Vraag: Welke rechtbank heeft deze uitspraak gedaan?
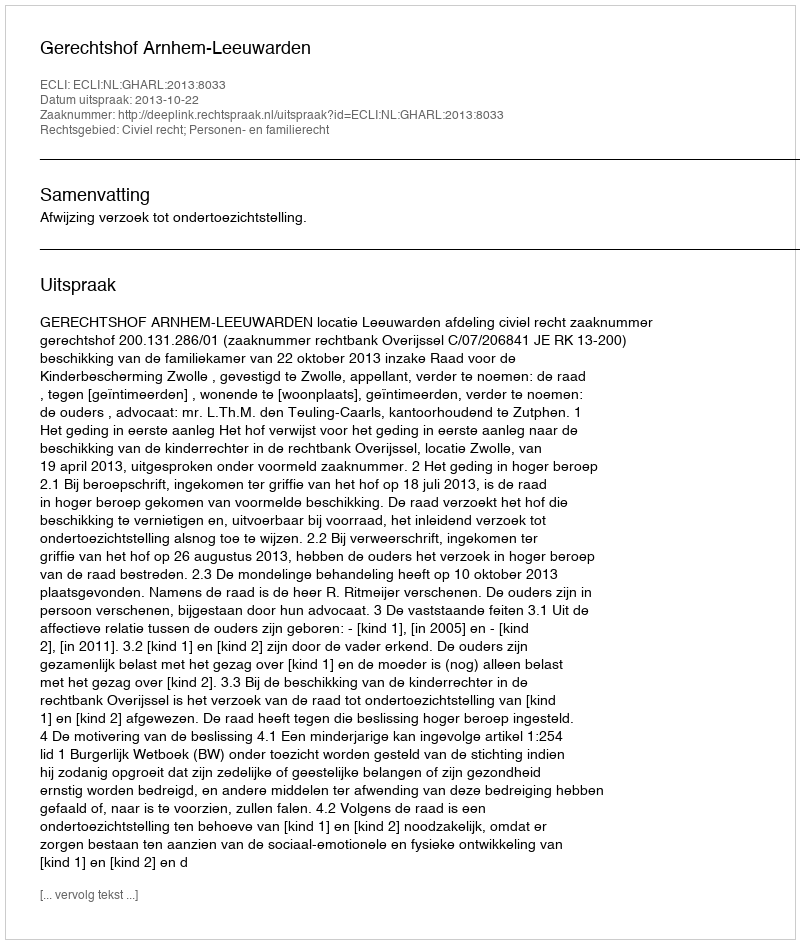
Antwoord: Gerechtshof Arnhem-Leeuwarden